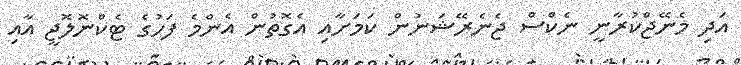
އަދި މެނޭޖްކުރާނީ ނެކްސް ޖެނެރޭޝަނުން ކަމަށާއި އެގޮތުން އެންމެ ފަހުގެ ޓެކްނޮލޮޖީ އާއި